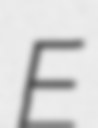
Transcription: E